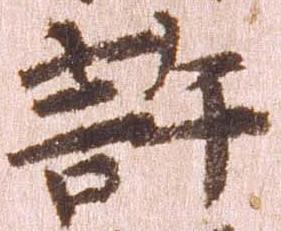
許